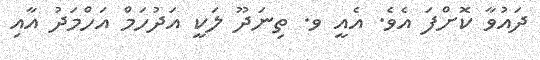
ދައުވާ ކޮށްފަ އެވެ. އެއީ ވ. ތިނަދޫ ލަކީ އަދުހަމް އަހްމަދު އާއި